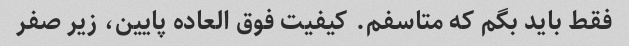
فقط باید بگم که متاسفم. کیفیت فوق العاده پایین، زیر صفر